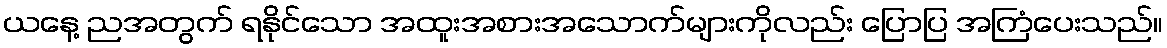
ယနေ့ ညအတွက် ရနိုင်သော အထူးအစားအသောက်များကိုလည်း ပြောပြ အကြံပေးသည်။